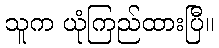
သူက ယုံကြည်ထားပြီ။